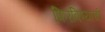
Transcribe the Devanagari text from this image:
फिरविण्याची